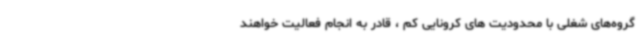
گروه‌های شغلی با محدودیت های کرونایی کم ، قادر به انجام فعالیت خواهند